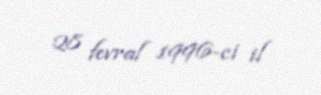
28 fevral 1996-ci il